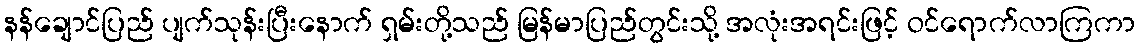
နန်ချောင်ပြည် ပျက်သုန်းပြီးနောက် ရှမ်းတို့သည် မြန်မာပြည်တွင်းသို့ အလုံးအရင်းဖြင့် ဝင်ရောက်လာကြကာ